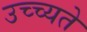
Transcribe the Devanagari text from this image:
उच्च्यते